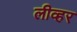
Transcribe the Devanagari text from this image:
लीव्हर